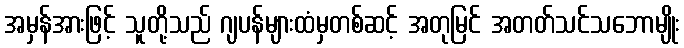
အမှန်အားဖြင့် သူတို့သည် ဂျပန်များထံမှတစ်ဆင့် အတုမြင် အတတ်သင်သဘောမျိုး